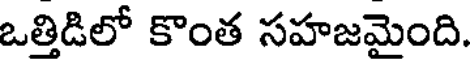
ఒత్తిడిలో కొంత సహజమైంది.